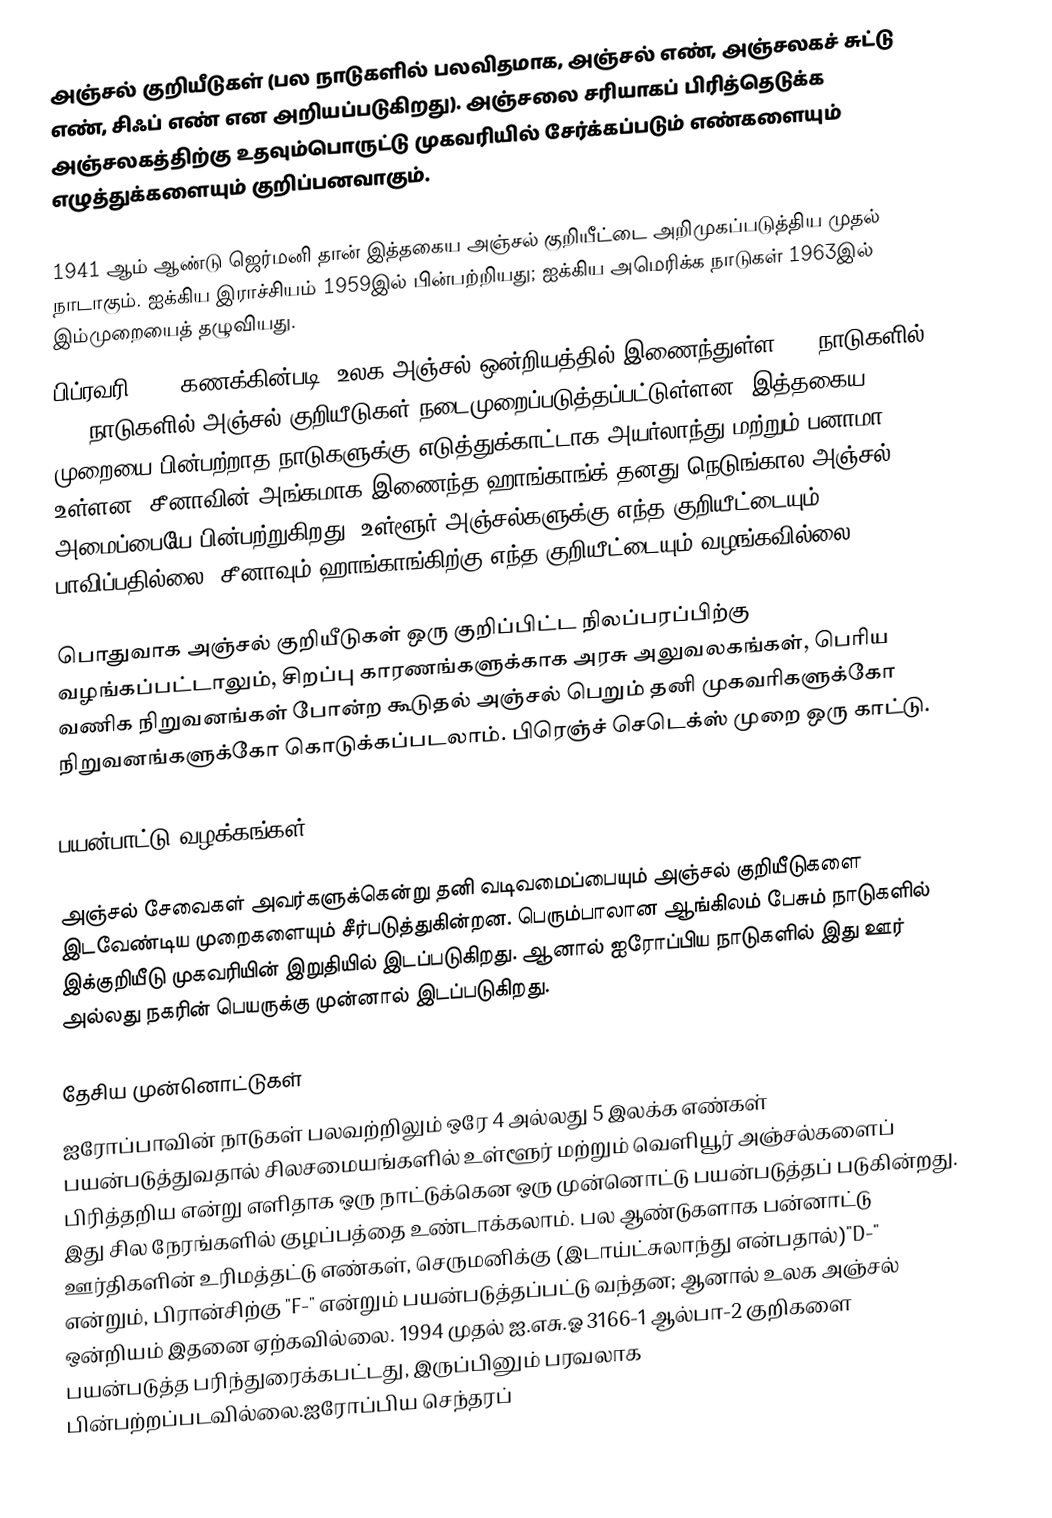
அஞ்சல் குறியீடுகள் (பல நாடுகளில் பலவிதமாக, அஞ்சல் எண், அஞ்சலகச் சுட்டு எண், சிஃப் எண் என அறியப்படுகிறது). அஞ்சலை சரியாகப் பிரித்தெடுக்க அஞ்சலகத்திற்கு உதவும்பொருட்டு முகவரியில் சேர்க்கப்படும் எண்களையும் எழுத்துக்களையும் குறிப்பனவாகும்.

1941 ஆம் ஆண்டு ஜெர்மனி தான் இத்தகைய அஞ்சல் குறியீட்டை அறிமுகப்படுத்திய முதல் நாடாகும். ஐக்கிய இராச்சியம் 1959இல் பின்பற்றியது; ஐக்கிய அமெரிக்க நாடுகள் 1963இல் இம்முறையைத் தழுவியது.
பிப்ரவரி 2005 கணக்கின்படி, உலக அஞ்சல் ஒன்றியத்தில் இணைந்துள்ள 190 நாடுகளில் 117 நாடுகளில் அஞ்சல் குறியீடுகள் நடைமுறைப்படுத்தப்பட்டுள்ளன. இத்தகைய முறையை பின்பற்றாத நாடுகளுக்கு எடுத்துக்காட்டாக அயர்லாந்து மற்றும் பனாமா உள்ளன. சீனாவின் அங்கமாக இணைந்த ஹாங்காங்க் தனது நெடுங்கால அஞ்சல் அமைப்பையே பின்பற்றுகிறது; உள்ளூர் அஞ்சல்களுக்கு எந்த குறியீட்டையும் பாவிப்பதில்லை. சீனாவும் ஹாங்காங்கிற்கு எந்த குறியீட்டையும் வழங்கவில்லை.

பொதுவாக அஞ்சல் குறியீடுகள் ஒரு குறிப்பிட்ட நிலப்பரப்பிற்கு வழங்கப்பட்டாலும், சிறப்பு காரணங்களுக்காக அரசு அலுவலகங்கள், பெரிய வணிக நிறுவனங்கள் போன்ற கூடுதல் அஞ்சல் பெறும் தனி முகவரிகளுக்கோ நிறுவனங்களுக்கோ கொடுக்கப்படலாம். பிரெஞ்ச் செடெக்ஸ் முறை ஒரு காட்டு.

பயன்பாட்டு வழக்கங்கள்

அஞ்சல் சேவைகள் அவர்களுக்கென்று தனி வடிவமைப்பையும் அஞ்சல் குறியீடுகளை இடவேண்டிய முறைகளையும் சீர்படுத்துகின்றன. பெரும்பாலான ஆங்கிலம் பேசும் நாடுகளில் இக்குறியீடு முகவரியின் இறுதியில் இடப்படுகிறது. ஆனால் ஐரோப்பிய நாடுகளில் இது ஊர் அல்லது நகரின் பெயருக்கு முன்னால் இடப்படுகிறது.

தேசிய முன்னொட்டுகள்
ஐரோப்பாவின் நாடுகள் பலவற்றிலும் ஒரே 4 அல்லது 5 இலக்க எண்கள் பயன்படுத்துவதால் சிலசமையங்களில் உள்ளூர் மற்றும் வெளியூர் அஞ்சல்களைப் பிரித்தறிய என்று எளிதாக ஒரு நாட்டுக்கென ஒரு முன்னொட்டு பயன்படுத்தப் படுகின்றது. இது சில நேரங்களில் குழப்பத்தை உண்டாக்கலாம். பல ஆண்டுகளாக பன்னாட்டு ஊர்திகளின் உரிமத்தட்டு எண்கள், செருமனிக்கு (இடாய்ட்சுலாந்து என்பதால்)"D-" என்றும், பிரான்சிற்கு "F-" என்றும் பயன்படுத்தப்பட்டு வந்தன; ஆனால் உலக அஞ்சல் ஒன்றியம் இதனை ஏற்கவில்லை. 1994 முதல் ஐ.எசு.ஓ 3166-1 ஆல்பா-2 குறிகளை பயன்படுத்த பரிந்துரைக்கபட்டது, இருப்பினும் பரவலாக பின்பற்றப்படவில்லை.ஐரோப்பிய செந்தரப்